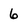
Character: 6